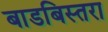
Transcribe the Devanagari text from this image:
बाडबिस्तरा